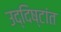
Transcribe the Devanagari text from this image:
उद्दिष्टांत